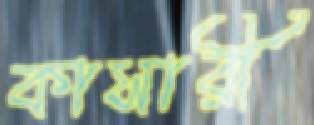
কাসারী